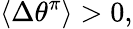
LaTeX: \langle\Delta\theta^{\pi}\rangle>0,